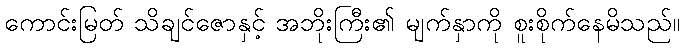
ကောင်းမြတ် သိချင်ဇောနှင့် အဘိုးကြီး၏ မျက်နှာကို စူးစိုက်နေမိသည်။